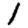
Digit: 1